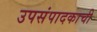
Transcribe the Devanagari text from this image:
उपसंपादकाची